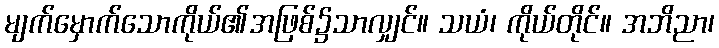
မျက်မှောက်သောကိုယ်၏အဖြစ်၌သာလျှင်။ သယံ၊ ကိုယ်တိုင်။ အဘိညာ၊